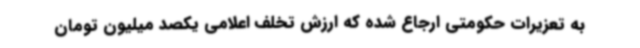
به تعزیرات حکومتی ارجاع شده که ارزش تخلف اعلامی یکصد میلیون تومان